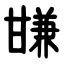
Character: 㽐